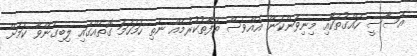
އަސާސީ ހައްގުތަކާއި މިނިވަންކަން އެއްވެސް ތަފާތުކުރުމެއް ނެތި ހަމަހަމަ ގޮތެއްގައި ލިބިގެންވާ ކަމަށް